Lunatic asylums in Bengal annual reports 1912-1924 - 1912-1924
Year: 1912
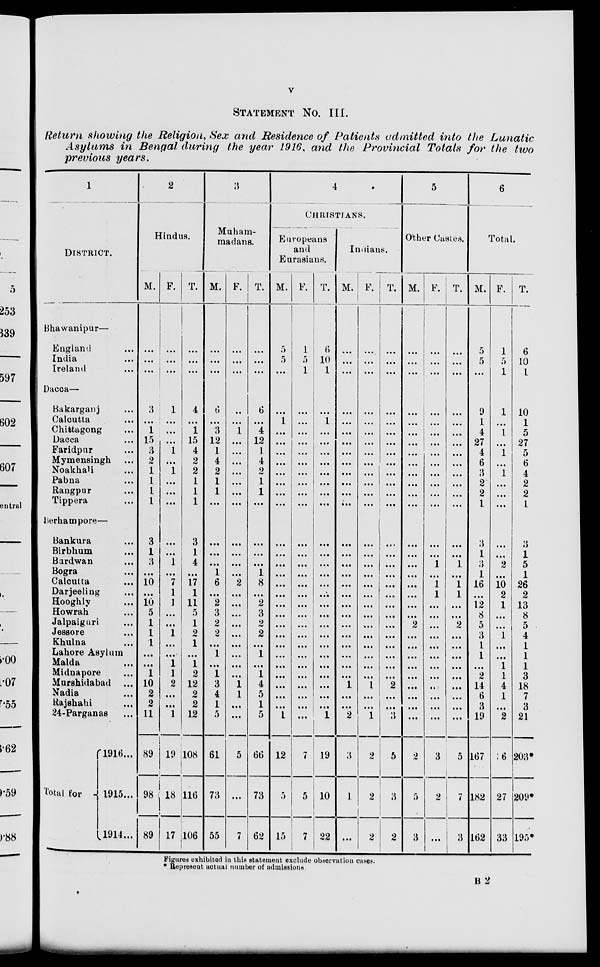
v
STATEMENT No. III.
Return showing the Religion, Sex and Residence of Patients admitted into the Lunatic
Asylums in Bengal during the year 1916, and the Provincial Totals for the two
previous years.
1
DISTRICT.
Bhawanipur—
England ...
India ...
Ireland ...
Dacca—
Bakarganj ...
Calcutta ...
Chittagong ...
Dacca ...
Faridpur ...
Mymensingh ...
Noakhali ...
Pabna ...
Rangpur ...
Tippera ...
Berhampore—
Bankura ...
Birbhum ...
Burdwan ...
Bogra ...
Calcutta ...
Darjeeling ...
Hooghly ...
Howrah ...
Jalpaiguri ...
Jessore ...
Khulna ...
Lahore Asylum
Malda ...
Midnapore ...
Murshidabad ...
Nadia ...
Rajshahi ...
24-Parganas ...
Total for
1916 ...
1915 ...
1914 ...
2
Hindus.
M.
...
...
...
3
...
1
15
3
2
1
1
1
1
3
1
3
...
10
...
10
5
1
1
1
...
...
1
10
2
2
11
89
98
89
F.
...
...
...
1
...
...
...
1
...
1
...
...
...
...
...
1
...
7
1
1
...
...
1
...
...
1
1
2
...
...
1
19
18
17
T.
...
...
...
4
...
1
15
4
2
2
1
1
1
3
1
4
...
17
1
11
5
1
2
1
...
1
2
12
2
2
12
108
116
106
3
Muham-
madans.
M.
...
...
...
6
...
3
12
1
4
2
1
1
...
...
...
...
1
6
...
2
3
2
2
...
1
...
1
3
4
1
5
61
73
55
F.
...
...
...
...
...
1
...
...
...
...
...
...
...
...
...
...
...
2
...
...
...
...
...
...
...
...
...
1
1
...
...
5
...
7
T.
...
...
...
6
...
4
12
1
4
2
1
1
...
...
...
...
1
8
...
2
3
2
2
...
1
...
1
4
5
1
5
66
73
62
4
CHRISTIANS.
Europeans
and
Eurasians.
M.
5
5
...
...
1
...
...
...
...
...
...
...
...
...
...
...
...
...
...
...
...
...
...
...
...
...
...
...
...
...
1
12
5
15
F.
1
5
1
...
...
...
...
...
...
...
...
...
...
...
...
...
...
...
...
...
...
...
...
...
...
...
...
...
...
...
...
7
5
7
T.
6
10
1
...
1
...
...
...
...
...
...
...
...
...
...
...
...
...
...
...
...
...
...
...
...
...
...
...
...
...
1
19
10
22
Indians.
M.
...
...
...
...
...
...
...
...
...
...
...
...
...
...
...
...
...
...
...
...
...
...
...
...
...
...
...
1
...
...
2
3
1
...
F.
...
...
...
...
...
...
...
...
...
...
...
...
...
...
...
...
...
...
...
...
...
...
...
...
...
...
...
1
...
...
1
2
2
2
T.
...
...
...
...
...
...
...
...
...
...
...
...
...
...
...
...
...
...
...
...
...
...
...
...
...
...
...
2
...
...
3
5
3
2
5
Other Castes.
M.
...
...
...
...
...
...
...
...
...
...
...
...
...
...
...
...
...
...
...
...
...
2
...
...
...
...
...
...
...
...
...
2
5
3
F.
...
...
...
...
...
...
...
...
...
...
...
...
...
...
...
1
...
1
1
...
...
...
...
...
...
...
...
...
...
...
...
3
2
...
T.
...
...
...
...
...
...
...
...
...
...
...
...
...
...
...
1
...
1
1
...
...
2
...
...
...
...
...
...
...
...
...
5
7
3
6
Total.
M.
5
5
...
9
1
4
27
4
6
3
2
2
1
3
1
3
1
16
...
12
8
5
3
1
1
...
2
14
6
3
19
167
182
162
F.
1
5
1
1
...
1
...
1
...
1
...
...
...
...
...
2
...
10
2
1
...
...
1
...
...
1
1
4
1
...
2
36
27
33
T.
6
10
1
10
1
5
27
5
6
4
2
2
1
3
1
5
1
26
2
13
8
5
4
1
1
1
3
18
7
3
21
203*
209*
195*
Figured exhibited in this statement exclude observation cases.
* Represent actual number of admissions.
B 2